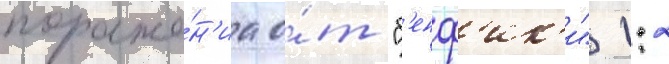
пораже́н'иа о́т "б'енф'ик'и" 1:2